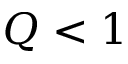
Q < 1